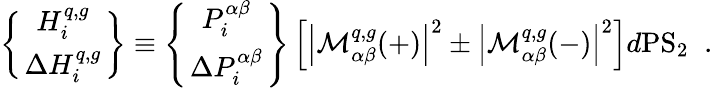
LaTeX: \left\{ H_{i}^{q,g}\atop\Delta H_{i}^{q,g}\right\} \equiv\left\{ P_{i}^{\alpha\beta}\atop\Delta P_{i}^{\alpha\beta}\right\} \left[\left|{\cal{M}}_{\alpha\beta}^{q,g}(+)\right|^{2}\pm\left|{\cal{M}}_{\alpha\beta}^{q,g}(-)\right|^{2}\right]d{\mathrm{PS}}_{2}\; \; .